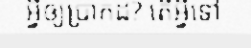
អ្វីឲ្យប្រាកដ? តើអ្វីទៅ